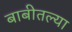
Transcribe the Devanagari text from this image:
बाबीतल्या